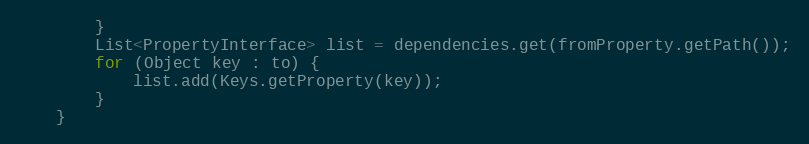
Language: Java
		}
		List<PropertyInterface> list = dependencies.get(fromProperty.getPath());
		for (Object key : to) {
			list.add(Keys.getProperty(key));
		}
	}